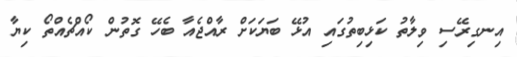
އިނގިރޭސި ވިލާތު ކަޅިބިތުގައި އުޅޭ ބަޔަކަށް ރާއްޖެއާ ބެހޭ ގޮތުން ކޯއްޗެއްތޯ ކިޔާ